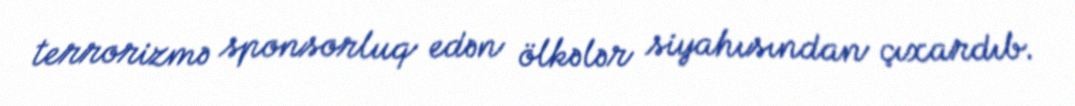
terrorizmə sponsorluq edən ölkələr siyahısından çıxardıb.